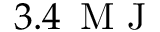
3 . 4 \, \mathrm { ~ M ~ J ~ }